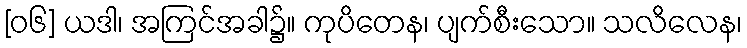
[၀၆] ယဒါ၊ အကြင်အခါ၌။ ကုပိတေန၊ ပျက်စီးသော။ သလိလေန၊